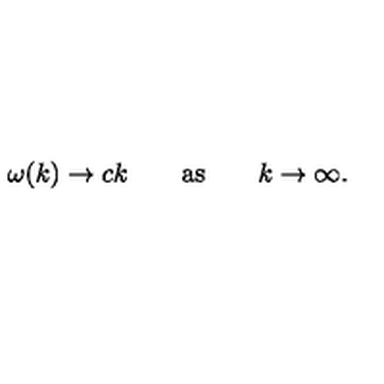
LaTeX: \omega ( k ) \to c k \qquad \mathrm { a s } \qquad k \to \infty .